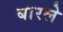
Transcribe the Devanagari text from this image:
बारले